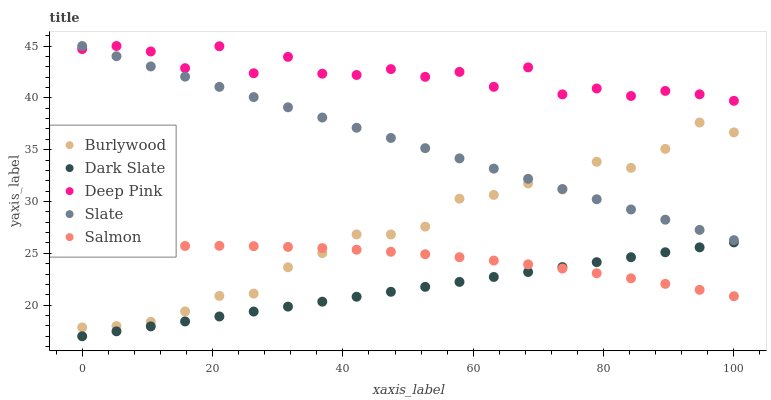
| xaxis_label | Burlywood | Dark Slate | Deep Pink | Slate | Salmon |
 | --- | --- | --- | --- | --- | --- |
 | 0 | 17.9 | 17 | 44.7 | 45 | 25.4 |
 | 5.26 | 18 | 17.5 | 45 | 44 | 25.6 |
 | 10.5 | 18.4 | 18 | 44.5 | 43 | 25.7 |
 | 15.8 | 19.4 | 18.4 | 42.9 | 42 | 25.7 |
 | 21.1 | 20.9 | 18.9 | 45 | 41.1 | 25.7 |
 | 26.3 | 21.1 | 19.4 | 42.4 | 40.1 | 25.7 |
 | 31.6 | 23.7 | 19.9 | 44 | 39.1 | 25.6 |
 | 36.8 | 25 | 20.3 | 42.3 | 38.1 | 25.5 |
 | 42.1 | 26.8 | 20.8 | 42.2 | 37.1 | 25.3 |
 | 47.4 | 26.8 | 21.3 | 42.8 | 36.1 | 25.2 |
 | 52.6 | 27.6 | 21.8 | 42 | 35.1 | 24.9 |
 | 57.9 | 30.3 | 22.2 | 42.5 | 34.2 | 24.6 |
 | 63.2 | 30.6 | 22.7 | 41.1 | 33.2 | 24.3 |
 | 68.4 | 31.7 | 23.2 | 42.9 | 32.2 | 23.9 |
 | 73.7 | 31.2 | 23.7 | 40.3 | 31.2 | 23.5 |
 | 78.9 | 33.8 | 24.1 | 40.9 | 30.2 | 23.1 |
 | 84.2 | 33.2 | 24.6 | 40.2 | 29.2 | 22.6 |
 | 89.5 | 35.1 | 25.1 | 40.7 | 28.2 | 22.1 |
 | 94.7 | 37.6 | 25.6 | 40.3 | 27.3 | 21.5 |
 | 100 | 36.7 | 26.1 | 39.7 | 26.3 | 20.9 |